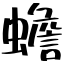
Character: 蟾